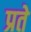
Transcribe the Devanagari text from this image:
प्रते